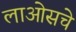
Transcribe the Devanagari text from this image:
लाओसचे